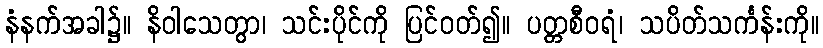
နံနက်အခါ၌။ နိဝါသေတွာ၊ သင်းပိုင်ကို ပြင်ဝတ်၍။ ပတ္တစီဝရံ၊ သပိတ်သင်္ကန်းကို။